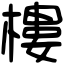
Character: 樓